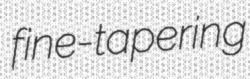
fine-tapering